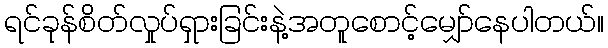
ရင်ခုန်စိတ်လှုပ်ရှားခြင်းနဲ့အတူစောင့်မျှော်နေပါတယ်။